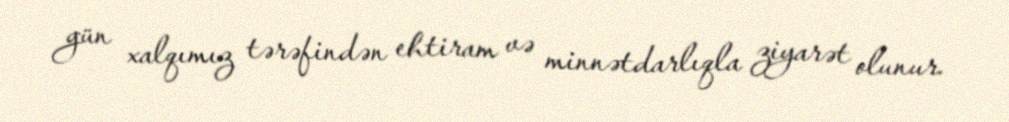
gün xalqımız tərəfindən ehtiram və minnətdarlıqla ziyarət olunur.